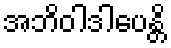
အဘိဝါဒါပေန္တိ